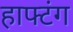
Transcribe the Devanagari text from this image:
हाफ्टंग